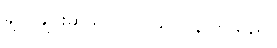
ချက်ချင်းဆိုသလိုပင် သူ ပြန်လာသည်။